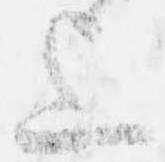
上